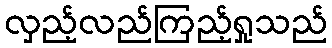
လှည့်လည်ကြည့်ရှုသည်